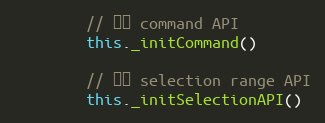
Language: JavaScript
        // 封装 command API
        this._initCommand()

        // 封装 selection range API
        this._initSelectionAPI()